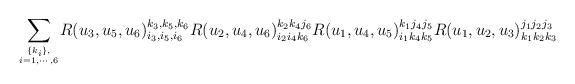
LaTeX: \begin{align*}{}~{\displaystyle\sum_{\{k_i\},\atop i=1,\cdots,6}}R(u_3,u_5,u_6)^{k_3,k_5,k_6}_{i_3,i_5,i_6}R(u_2,u_4,u_6)^{k_2k_4j_6}_{i_2i_4k_6}R(u_1,u_4,u_5)^{k_1j_4j_5}_{i_1k_4k_5}R(u_1,u_2,u_3)^{j_1j_2j_3}_{k_1k_2k_3}\end{align*}